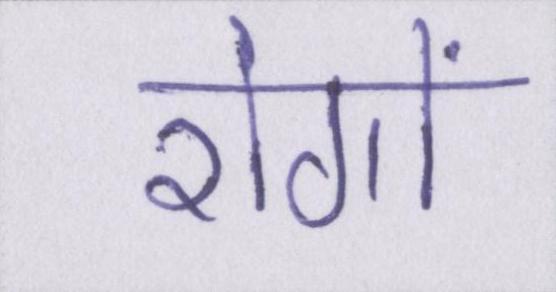
रोगों